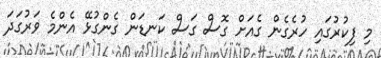
މި ފިކުރުގައި ހުރެގެން ގެއަށް ގޮސް ގަސް ކަނޑަން ގެންގުޅޭ އެންމެ ވަރުގަދަ